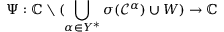
\Psi : \mathbb { C } \setminus ( \bigcup _ { \alpha \in Y ^ { * } } \sigma ( \mathcal { C } ^ { \alpha } ) \cup W ) \rightarrow \mathbb { C }